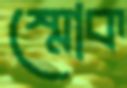
স্মোক